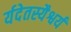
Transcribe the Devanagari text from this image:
र्यदेतस्यैश्वर्यं